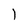
Character: 1